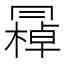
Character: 𠕭